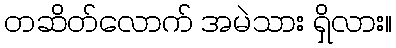
တဆိတ်လောက် အမဲသား ရှိလား။